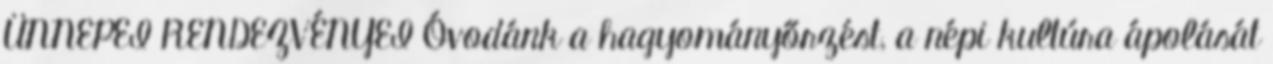
ÜNNEPEI RENDEZVÉNYEI Óvodánk a hagyományőrzést, a népi kultúra ápolását